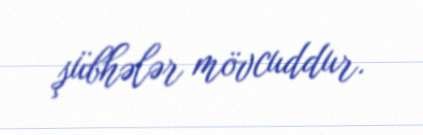
şübhələr mövcuddur.